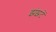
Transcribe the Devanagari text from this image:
झंझटें